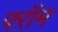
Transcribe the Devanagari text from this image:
फ्ऱॉम